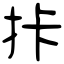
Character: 拤